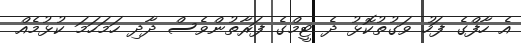
އެ ހާފްގެ ފަހު ވަގުތުކޮޅު ދެ ޓީމްގެ ފަރާތުންވެސް ދާދި ހަމަހަމަ ކުޅުމެއް